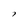
Character: 7